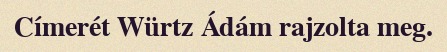
Címerét Würtz Ádám rajzolta meg.